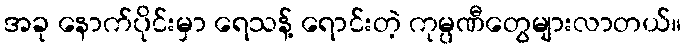
အခု နောက်ပိုင်းမှာ ရေသန့် ရောင်းတဲ့ ကုမ္ပဏီတွေများလာတယ်။